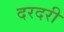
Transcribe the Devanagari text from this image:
दरदरी